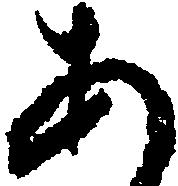
あ